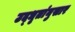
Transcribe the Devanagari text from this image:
उद्‌धृतांनुसार